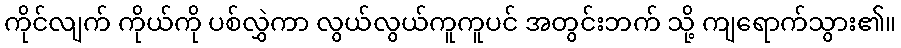
ကိုင်လျက် ကိုယ်ကို ပစ်လွှဲကာ လွယ်လွယ်ကူကူပင် အတွင်းဘက် သို့ ကျရောက်သွား၏။